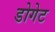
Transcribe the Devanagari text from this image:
डोगेट